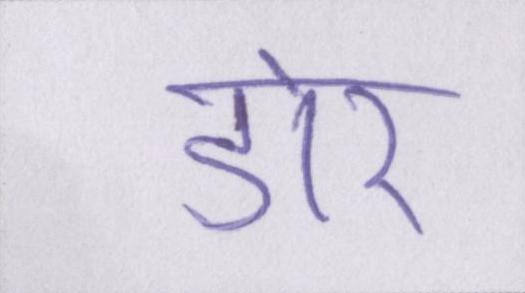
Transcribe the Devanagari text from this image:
डोर